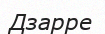
Дзарре